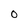
Character: 0